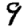
Digit: 9